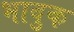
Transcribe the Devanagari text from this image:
भावुक